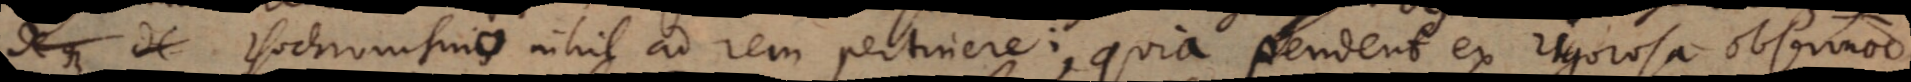
de de isochronismo nihil ad rem pertinere; quia pendent ex rigorosa observatione